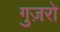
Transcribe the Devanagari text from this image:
गुज़रो